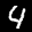
Label: 4